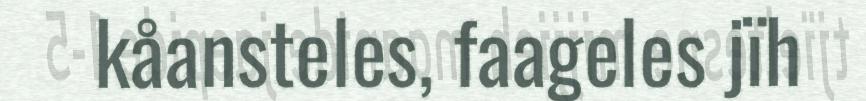
kåansteles, faageles jïh